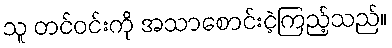
သူ တင်ဝင်းကို အသာစောင်းငဲ့ကြည့်သည်။